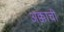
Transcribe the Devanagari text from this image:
अक्काची